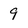
Character: 9